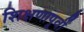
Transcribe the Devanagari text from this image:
शिक्षणापूर्वी